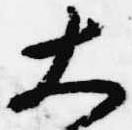
大